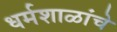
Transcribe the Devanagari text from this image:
धर्मशाळांचे